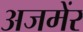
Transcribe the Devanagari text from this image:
अजमेंर